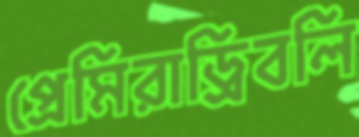
প্রেমিরাড্রিবলি